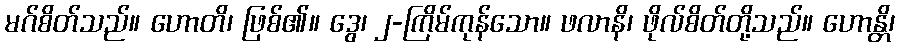
မဂ်စိတ်သည်။ ဟောတိ၊ ဖြစ်၏။ ဒွေ၊ ၂-ကြိမ်ကုန်သော။ ဖလာနိ၊ ဖိုလ်စိတ်တို့သည်။ ဟောန္တိ၊